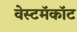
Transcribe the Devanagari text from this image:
वेस्टमॅकॉट